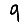
Digit: 9